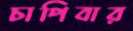
চাপিবার